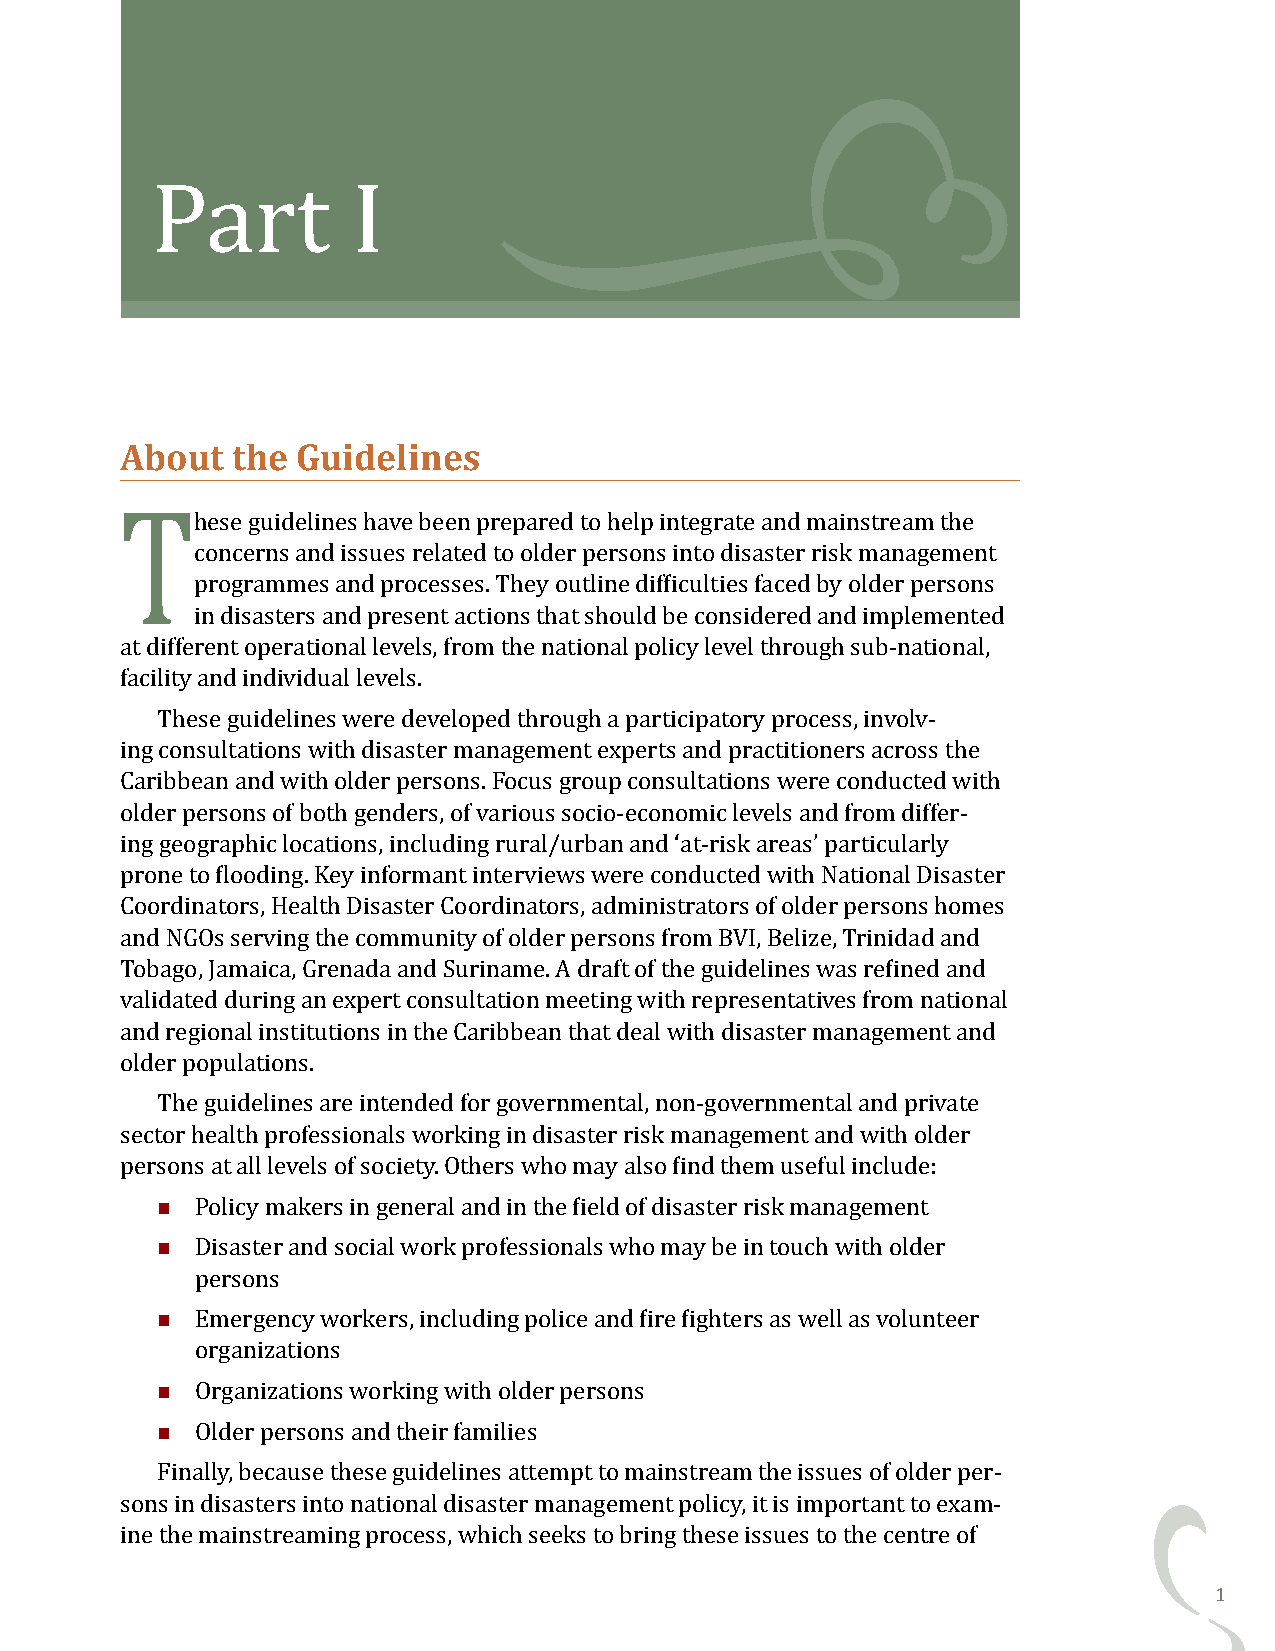
Part         I
 About  the  Guidelines
 hese guidelines have been prepared to help integrate and mainstream the
 concerns and issues related to older persons into disaster risk management
 programmes and processes. They outline difficulties faced by older persons
 in disasters and present actions that should be considered and implemented
 at different operational levels, from the national policy level through sub-national,
 facility and individual levels.
 These guidelines were developed through a participatory process, involv-
 ing consultations with disaster management experts and practitioners across the
 Caribbean and with older persons. Focus group consultations were conducted with
 older persons of both genders, of various socio-economic levels and from differ-
 T
 ing geographic locations, including rural/urban and ‘at-risk areas’ particularly
 prone to flooding. Key informant interviews were conducted with National Disaster
 Coordinators, Health Disaster Coordinators, administrators of older persons homes
 and NGOs serving the community of older persons from BVI, Belize, Trinidad and
 Tobago, Jamaica, Grenada and Suriname. A draft of the guidelines was refined and
 validated during an expert consultation meeting with representatives from national
 and regional institutions in the Caribbean that deal with disaster management and
 older populations.
 The guidelines are intended for governmental, non-governmental and private
 sector health professionals working in disaster risk management and with older
 
 persons at all levels of society. Others who may also find them useful include:
 
 Policy makers in general and in the field of disaster risk management
 Disaster and social work professionals who may be in touch with older
 
 persons
 Emergency workers, including police and fire fighters as well as volunteer
 
 organizations
 
 Organizations working with older persons
 Older persons and their families
 Finally, because these guidelines attempt to mainstream the issues of older per-
 sons in disasters into national disaster management policy, it is important to exam-
 ine the mainstreaming process, which seeks to bring these issues to the centre of
 1